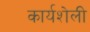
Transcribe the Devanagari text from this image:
कार्यशेली